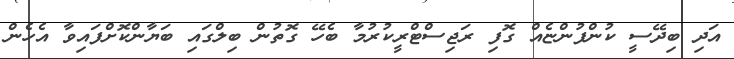
އަދި ބިދޭސީ ކުންފުންޏެއް ގޮފި ރަޖިސްޓްރީކުރުމާ ބެހޭ ގޮތުން ބިލްގައި ބަޔާންކޮށްފައިވާ އެހެން